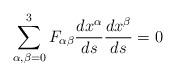
LaTeX: \begin{align*}\sum_{\alpha, \beta = 0}^{3} F_{\alpha \beta } \frac{dx^{\alpha }}{ds}\frac{dx^{\beta }}{ds} = 0\end{align*}